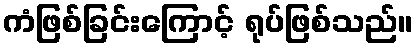
ကံဖြစ်ခြင်းကြောင့် ရုပ်ဖြစ်သည်။